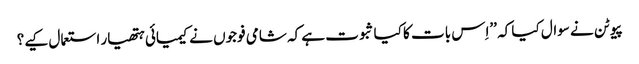
پیوٹن نے سوال کیا کہ ’’اِس بات کا کیا ثبوت ہے کہ شامی فوجوں نے کیمیائی ہتھیار استعمال کیے؟